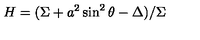
H = ( \Sigma + a ^ { 2 } \sin ^ { 2 } \theta - \Delta ) / \Sigma